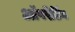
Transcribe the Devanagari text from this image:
अॉपरेटिंग